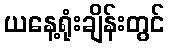
ယနေ့ရုံးချိန်းတွင်